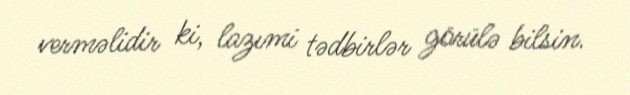
verməlidir ki, lazımi tədbirlər görülə bilsin.